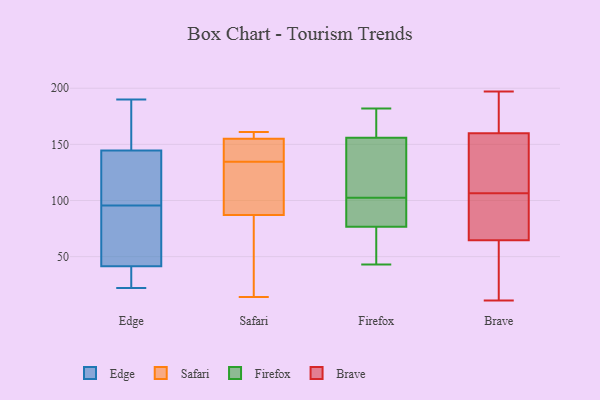
{"axis": {"x": "Production Output", "y": "Value"}, "legend": ["Brave", "Edge", "Firefox", "Safari"], "data": [{"x": "", "y": 160, "type": "Edge"}, {"x": "", "y": 121, "type": "Edge"}, {"x": "", "y": 28, "type": "Edge"}, {"x": "", "y": 85, "type": "Edge"}, {"x": "", "y": 34, "type": "Edge"}, {"x": "", "y": 22, "type": "Edge"}, {"x": "", "y": 183, "type": "Edge"}, {"x": "", "y": 60, "type": "Edge"}, {"x": "", "y": 129, "type": "Edge"}, {"x": "", "y": 190, "type": "Edge"}, {"x": "", "y": 49, "type": "Edge"}, {"x": "", "y": 172, "type": "Edge"}, {"x": "", "y": 101, "type": "Edge"}, {"x": "", "y": 30, "type": "Edge"}, {"x": "", "y": 112, "type": "Edge"}, {"x": "", "y": 90, "type": "Edge"}, {"x": "", "y": 133, "type": "Safari"}, {"x": "", "y": 84, "type": "Safari"}, {"x": "", "y": 136, "type": "Safari"}, {"x": "", "y": 155, "type": "Safari"}, {"x": "", "y": 161, "type": "Safari"}, {"x": "", "y": 149, "type": "Safari"}, {"x": "", "y": 14, "type": "Safari"}, {"x": "", "y": 118, "type": "Safari"}, {"x": "", "y": 160, "type": "Safari"}, {"x": "", "y": 87, "type": "Safari"}, {"x": "", "y": 112, "type": "Firefox"}, {"x": "", "y": 182, "type": "Firefox"}, {"x": "", "y": 105, "type": "Firefox"}, {"x": "", "y": 80, "type": "Firefox"}, {"x": "", "y": 170, "type": "Firefox"}, {"x": "", "y": 100, "type": "Firefox"}, {"x": "", "y": 43, "type": "Firefox"}, {"x": "", "y": 98, "type": "Firefox"}, {"x": "", "y": 142, "type": "Firefox"}, {"x": "", "y": 73, "type": "Firefox"}, {"x": "", "y": 174, "type": "Firefox"}, {"x": "", "y": 62, "type": "Firefox"}, {"x": "", "y": 82, "type": "Brave"}, {"x": "", "y": 102, "type": "Brave"}, {"x": "", "y": 11, "type": "Brave"}, {"x": "", "y": 197, "type": "Brave"}, {"x": "", "y": 160, "type": "Brave"}, {"x": "", "y": 78, "type": "Brave"}, {"x": "", "y": 160, "type": "Brave"}, {"x": "", "y": 145, "type": "Brave"}, {"x": "", "y": 133, "type": "Brave"}, {"x": "", "y": 106, "type": "Brave"}, {"x": "", "y": 195, "type": "Brave"}, {"x": "", "y": 171, "type": "Brave"}, {"x": "", "y": 51, "type": "Brave"}, {"x": "", "y": 107, "type": "Brave"}, {"x": "", "y": 46, "type": "Brave"}, {"x": "", "y": 43, "type": "Brave"}]}